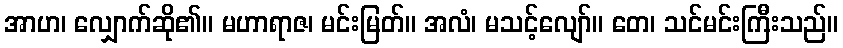
အာဟ၊ လျှောက်ဆို၏။ မဟာရာဇ၊ မင်းမြတ်။ အလံ၊ မသင့်လျော်။ တေ၊ သင်မင်းကြီးသည်။